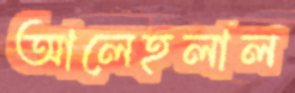
আলেহলাল